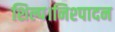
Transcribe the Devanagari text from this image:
शिल्प।निश्पादन